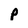
Character: p